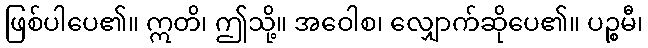
ဖြစ်ပါပေ၏။ ဣတိ၊ ဤသို့။ အဝေါစ၊ လျှောက်ဆိုပေ၏။ ပဉ္စမီ၊